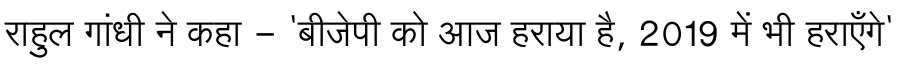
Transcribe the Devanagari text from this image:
राहुल गांधी ने कहा - 'बीजेपी को आज हराया है, 2019 में भी हराएँगे'